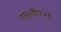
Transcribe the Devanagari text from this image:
एफडीएस